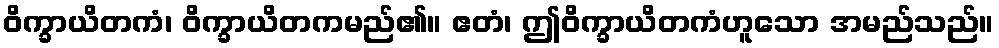
ဝိက္ခာယိတကံ၊ ဝိက္ခာယိတကမည်၏။ ဧတံ၊ ဤဝိက္ခာယိတကံဟူသော အမည်သည်။